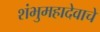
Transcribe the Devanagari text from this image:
शंभुमहादेवाचे